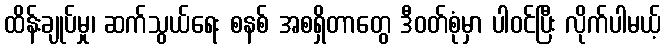
ထိန်းချုပ်မှု၊ ဆက်သွယ်ရေး စနစ် အစရှိတာတွေ ဒီဝတ်စုံမှာ ပါဝင်ပြီး လိုက်ပါမယ့်